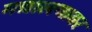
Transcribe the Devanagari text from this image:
मद्यालयावर